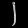
Digit: ၂